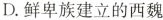
D.鲜卑族建立的西魏